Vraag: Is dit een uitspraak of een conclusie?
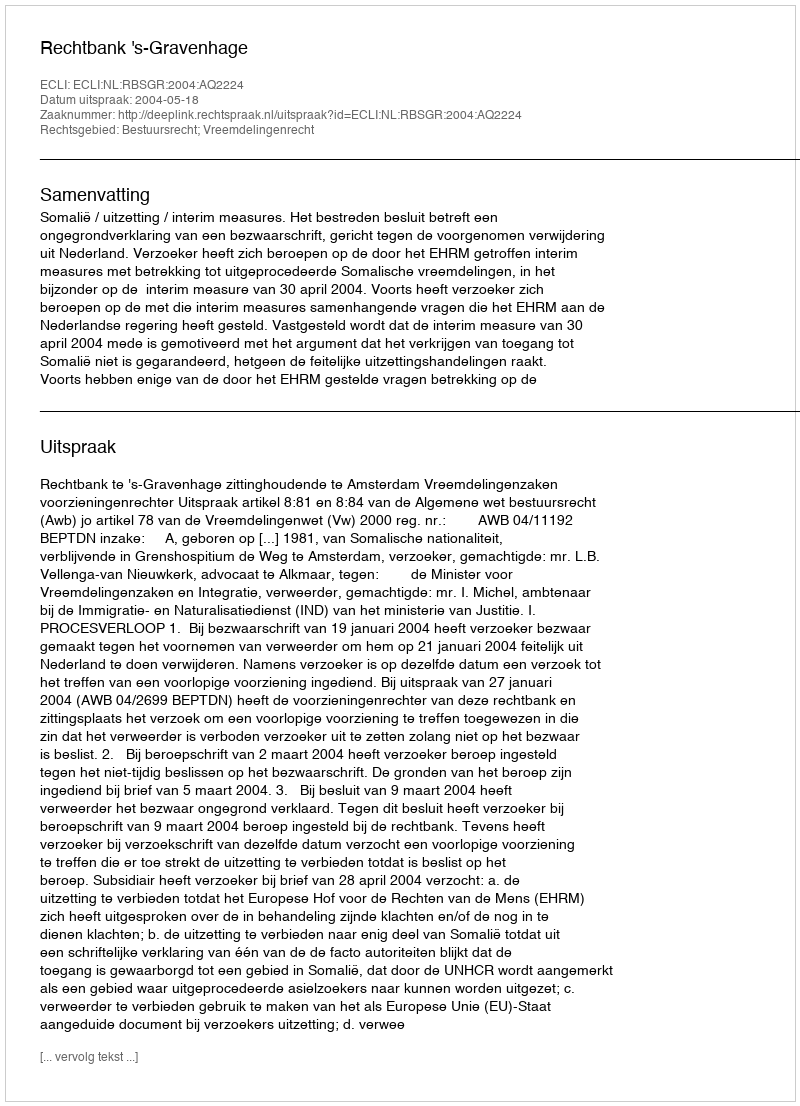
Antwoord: Uitspraak